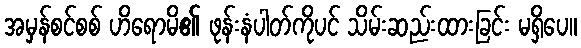
အမှန်စင်စစ် ဟိရောမိ၏ ဖုန်းနံပါတ်ကိုပင် သိမ်းဆည်းထားခြင်း မရှိပေ။